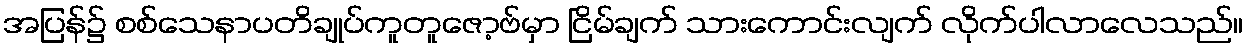
အပြန်၌ စစ်သေနာပတိချုပ်ကူတူဇော့ဗ်မှာ ငြိမ်ချက် သားကောင်းလျက် လိုက်ပါလာလေသည်။